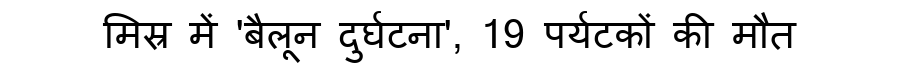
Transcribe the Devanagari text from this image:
मिस्र में 'बैलून दुर्घटना', 19 पर्यटकों की मौत